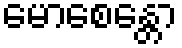
မောစေန္တော